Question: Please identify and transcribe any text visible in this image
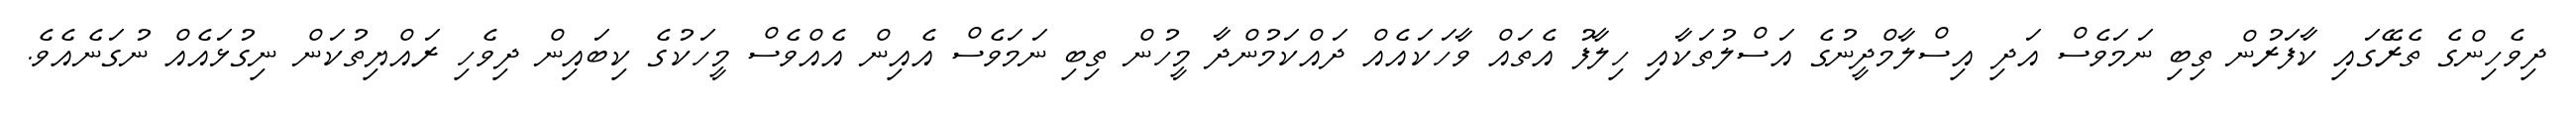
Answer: ދިވެހިންގެ ތެރޭގައި ކާފަރުން ތިބި ނަމަވެސް އަދި އިސްލާމްދީނުގެ އަސްލުތަކާއި ހިލާފު އެތައް ވާހަކައެއް ދައްކަމުންދާ މީހުން ތިބި ނަމަވެސް އެއިން އެއްވެސް މީހަކުގެ ކިބައިން ދިވެހި ރައްޔިތުކަން ނިގުޅައެއް ނުގަނެއެވެ.